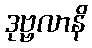
ဒုဗ္ဗလာနိ